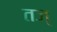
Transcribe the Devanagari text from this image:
तज्